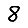
Digit: 8